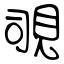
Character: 覗